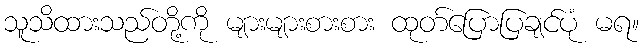
သူသိထားသည်တို့ကို များများစားစား ထုတ်ပြောပြချင်ပုံ မရ။